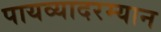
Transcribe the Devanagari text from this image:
पायव्यादरम्यान